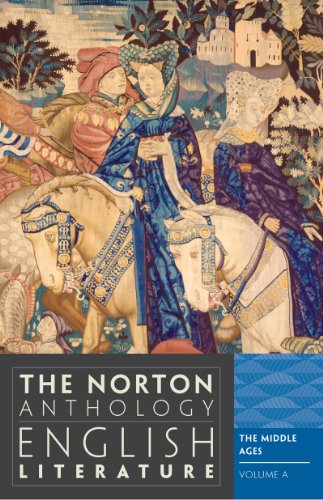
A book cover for The Norton Anthology of English Literature (Ninth Edition)  (Vol. A); M. H. Abrams; Literature & Fiction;